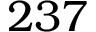
2 3 7